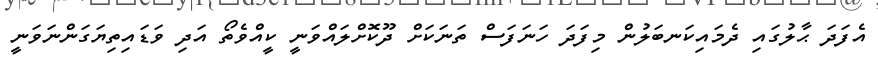
އެފަދަ ޙާލުގައި ދެމައިކަނބަލުން މިފަދަ ހަނަފަސް ތަނަކަށް ދޫކޮށްލައްވަނީ ކީއްވެތޯ އަދި ވަޑައިތިޔަގަންނަވަނީ